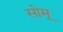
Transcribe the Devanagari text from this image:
सोमू